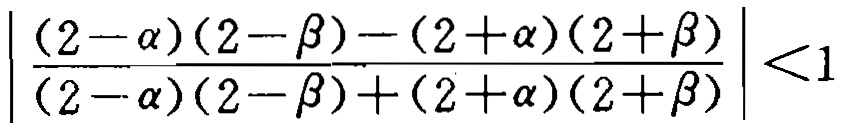
\(\left|\frac{(2 - \alpha)(2 - \beta) - (2 + \alpha)(2 + \beta)}{(2 - \alpha)(2 - \beta) + (2 + \alpha)(2 + \beta)}\right| < 1\)